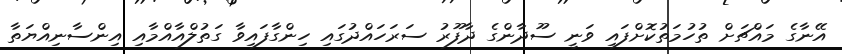
އޭނާގެ މައްޗަށް ތުހުމަތުކޮށްފައި ވަނީ ސޫދާންގެ ދާފޫރު ސަރަހައްދުގައި ހިންގާފައިވާ ގަތުލްއާއްމާއި އިންސާނިއްޔަތާ